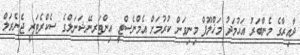
ދާއިރާގެ މެންބަރު އަޙުމަދު މަޚްލޫފް މިނިވަން ކުރުމަށް އެމްނެސްޓީ އިންޓަރނޭޝަނަލްގެ ސެކްރެޓަރީ ޖެނެރަލް